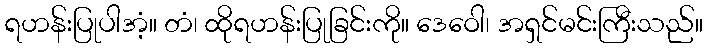
ရဟန်းပြုပါအံ့။ တံ၊ ထိုရဟန်းပြုခြင်းကို။ ဒေဝေါ၊ အရှင်မင်းကြီးသည်။